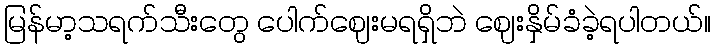
မြန်မာ့သရက်သီးတွေ ပေါက်ဈေးမရရှိဘဲ ဈေးနှိမ်ခံခဲ့ရပါတယ်။